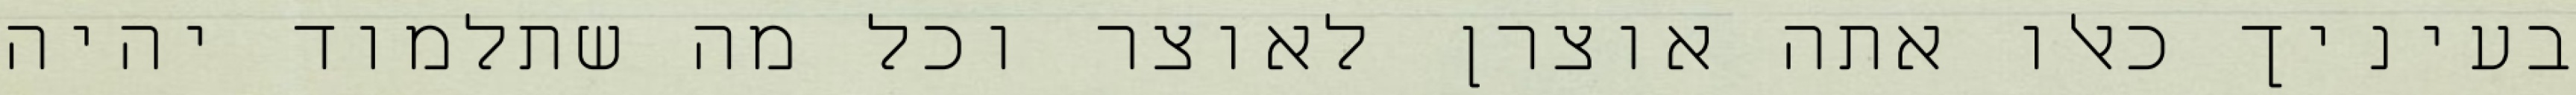
בעיניך כאלו אתה אוצרן לאוצר וכל מה שתלמוד יהיה